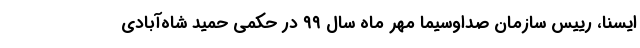
ایسنا، رییس سازمان صداوسیما مهر ماه سال ۹۹ در حکمی حمید شاه‌آبادی